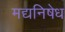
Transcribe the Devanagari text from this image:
मद्यनिषेध